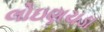
લોઇણચડા